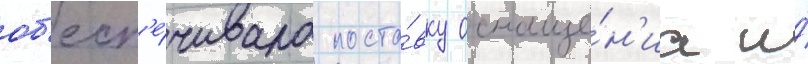
об'есп'е́чивала поста́вку оснаще́н'иа и́